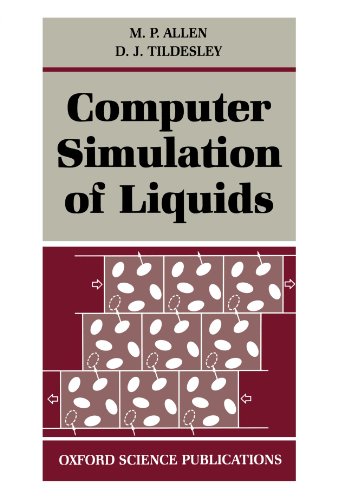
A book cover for Computer Simulation of Liquids (Oxford Science Publications); M. P. Allen; Science & Math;